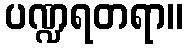
ပဏ္ဍရတရာ။